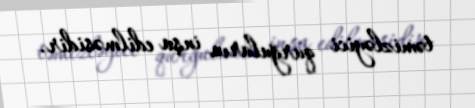
təmizləyici qurğuların inşa edilməsidir.